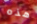
هذه